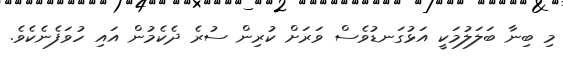
މި ބިނާ ބަލަލުމަކީ އަޅުގަނޑުވެސް ވަރަށް ކުރިން ސުރެ ދެކެމުން އައި ހުވަފެނެކެވެ.